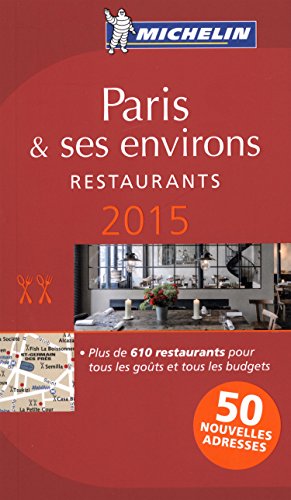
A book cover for MICHELIN Guide Paris & ses environs 2015: Restaurants (Michelin Red Guide Paris); Michelin; Travel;